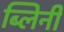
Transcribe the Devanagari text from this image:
ब्लिनी